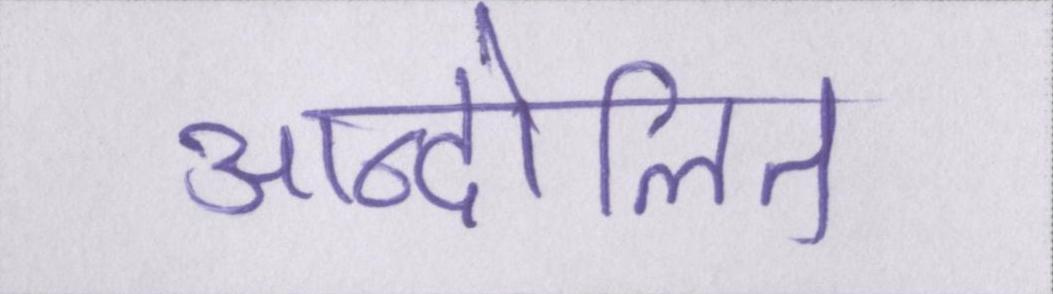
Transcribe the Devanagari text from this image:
आन्दोलित